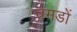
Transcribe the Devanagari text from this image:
चमडों